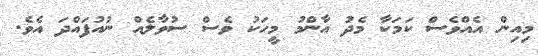
މިއިން އެއްވެސް ކަމަކާ މެދު އާންމު މީހަކު ވެސް ސުވާލެއް ނުއުފައްދަ އެވެ.